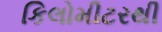
કિલોમીટરથી